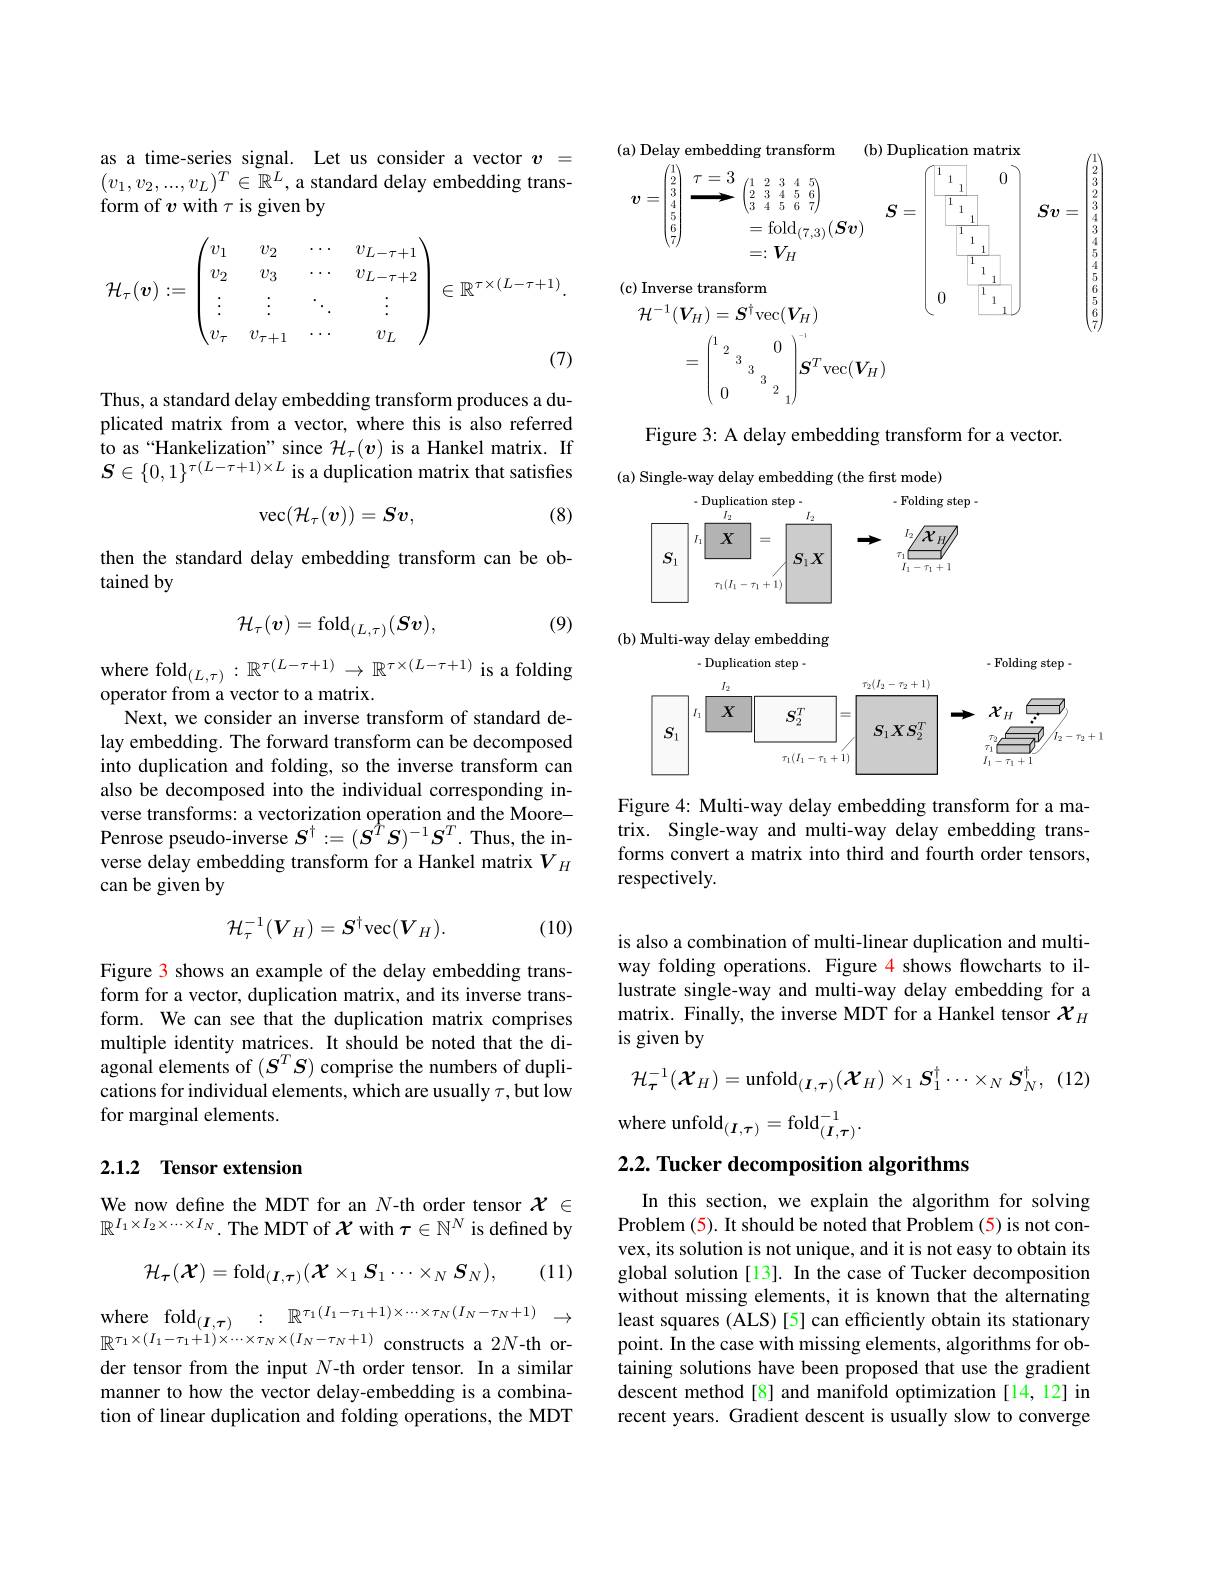
as a time-series signal. Let us consider a vector $v=$ $(v_1,v_2,...,v_L)^T\in\mathbb{R}^L$,a standard delay embedding transform of $v$ with $\tau$ is given by
$$\mathcal{H}_\tau(\boldsymbol{v}):=\begin{pmatrix}v_1&v_2&\cdots&v_{L-\tau+1}\\v_2&v_3&\cdots&v_{L-\tau+2}\\\vdots&\vdots&\ddots&\vdots\\v_\tau&v_{\tau+1}&\cdots&v_L\end{pmatrix}\in\mathbb{R}^{\tau\times(L-\tau+1)}.$$
Thus, a standard delay embedding transform produces a duplicated matrix from a vector, where this is also referred to as“Hankelization”since $\mathcal{H}_\tau(v)$ is a Hankel matrix. If $\boldsymbol{S}\in\{0,1\}^{\tau(L-\tau+1)\times L}$ is a duplication matrix that satisfies

(8)
$$\mathrm{vec}(\mathcal{H}_{\tau}(v))=Sv,$$
then the standard delay embedding transform can be ob-
tained by

(9)
$$\mathcal{H}_{\tau}(\boldsymbol{v})=\mathrm{fold}_{(L,\tau)}(\boldsymbol{Sv}),$$
where fold$_(L,\tau):\mathbb{R}^{\tau(L-\tau+1)}\to\mathbb{R}^{\tau\times(L-\tau+1)}$ is a folding
operator from a vector to a matrix.
Next, we consider an inverse transform of standard delay embedding. The forward transform can be decomposed into duplication and folding, so the inverse transform can also be decomposed into the individual corresponding inverse transforms: a vectorization operation and the MoorePenrose pseudo-inverse $S^\dagger:=(\boldsymbol{S}^T\boldsymbol{S})^{-1}\boldsymbol{S}^T.$ Thus, the inverse delay embedding transform for a Hankel matrix $V_H$ can be given by

(10)
$$\mathcal{H}_{\tau}^{-1}(V_{H})=S^{\dagger}\mathrm{vec}(V_{H}).$$
Figure 3 shows an example of the delay embedding transform for a vector, duplication matrix, and its inverse transform. We can see that the duplication matrix comprises multiple identity matrices. It should be noted that the diagonal elements of $(\boldsymbol{S}^T\boldsymbol{S})$ comprise the numbers of duplications for individual elements, which are usually $\tau$,but low for marginal elements.

### 2.1.2 Tensor extension

We now define the MDT for an $N$-th order tensor $\mathcal{X}\in$ $\mathbb{R}^{I_1\times I_2\times\cdots\times I_N.\text{The MDT of }\mathcal{X}\mathrm{~with~}\tau\in\mathbb{N}^N\mathrm{~is~defined~by}}$
$$\mathcal{H}_{\tau}(\mathcal{X})=\mathrm{fold}_{(\boldsymbol{I},\boldsymbol{\tau})}(\mathcal{X}\times_{1}\boldsymbol{S}_{1}\cdots\times_{N}\boldsymbol{S}_{N}),$$
(11)
$$\mathrm{re}\quad\mathrm{fold}_{(\boldsymbol{I},\boldsymbol{\tau})}\quad:\quad\mathbb{R}^{\tau_{1}(I_{1}-\tau_{1}+1)\times\cdots\times\tau_{N}(I_{N}-\tau_{N}+1)}\quad\longrightarrow $$
where
$\mathbb{R}^{\tau_{1}\times(I_{1}-\tau_{1}+1)\times\cdots\times\tau_{N}\times(I_{N}-\tau_{N}+1)}$ constructs a 2$N$-th order tensor from the input $N$-th order tensor. In a similar manner to how the vector delay-embedding is a combination of linear duplication and folding operations, the MDT
$$\begin{aligned}&\text{(a) Deriay eunding talaborin}\quad\text{(0) Duphanom madik}\\&\boldsymbol{v}=\begin{pmatrix}1\\2\\3\\4\\5\\7\end{pmatrix}\xrightarrow{\tau=3}\begin{pmatrix}1&2&3&4&5\\2&3&4&5&6\\3&4&5&6&7\end{pmatrix}\\&=\mathrm{fold}_{(7,3)}(\boldsymbol{S}\boldsymbol{v})\\&=:\boldsymbol{V}_{H}\\&\text{(c) Inverse transform}\\&\mathcal{H}^{-1}(\boldsymbol{V}_{H})=\boldsymbol{S}^{\dagger}\mathrm{vec}(\boldsymbol{V}_{H})\\&=\begin{pmatrix}1&2&0\\&3&3\\0&&2\end{pmatrix}^{-1}\boldsymbol{S}^T\mathrm{vec}(\boldsymbol{V}_H)\end{aligned}$$
Figure 3: A delay embedding transform for a vector.

(a) Single-way delay embedding (the frst mode)
$$\begin{array}{|c}\text{-Duplication step}\cdot&\text{-Folding step}\cdot\\\boxed{S_1}\\\\\\\end{array}$$
(b) Multi-way delay embedding
$$\begin{aligned}&\text{- Duplication step -}&\text{- Folding step -}\\&\text{- Duplication step -}\\&I_{2}\\&T_{2}(I_{2}-\tau_{2}+1)\\&T_{1}(I_{1}-\tau_{1}+1)\end{aligned}$$
Figure 4: Multi-way delay embedding transform for a matrix. Single-way and multi-way delay embedding transforms convert a matrix into third and fourth order tensors, respectively.

is also a combination of multi-linear duplication and multiway folding operations. Figure 4 shows flowcharts to illustrate single-way and multi-way delay embedding for a matrix. Finally, the inverse MDT for a Hankel tensor $\chi_H$ is given by

(12)
$$\mathcal{H}_{\tau}^{-1}(\mathcal{X}_{H})=\mathrm{unfold}_{(\boldsymbol{I},\boldsymbol{\tau})}(\mathcal{X}_{H})\times_{1}\boldsymbol{S}_{1}^{\dagger}\cdots\times_{N}\boldsymbol{S}_{N}^{\dagger},$$
where unfold$_{(I,\tau)}=\mathrm{fold}_{(I,\tau)}^{-1}$

$2. 2. \textbf{ Tucker decomposition algorithms}$

In this section, we explain the algorithm for solving Problem (5). It should be noted that Problem (5) is not convex, its solution is not unique, and it is not easy to obtain its global solution [13]. In the case of Tucker decomposition without missing elements, it is known that the alternating least squares (ALS) [5] can efficiently obtain its stationary point. In the case with missing elements, algorithms for obtaining solutions have been proposed that use the gradient descent method[8] and manifold optimization [14,12] in recent years. Gradient descent is usually slow to converge